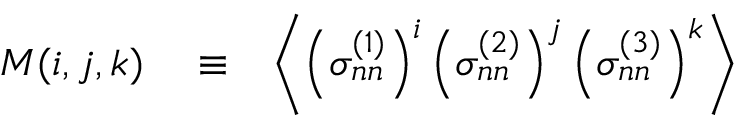
\begin{array} { r l r } { M ( i , j , k ) } & { { } \equiv } & { \left\langle \left( \sigma _ { n n } ^ { ( 1 ) } \right) ^ { i } \left( \sigma _ { n n } ^ { ( 2 ) } \right) ^ { j } \left( \sigma _ { n n } ^ { ( 3 ) } \right) ^ { k } \right\rangle } \end{array}